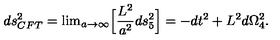
d s _ { C F T } ^ { 2 } = \mathrm { l i m } _ { a \rightarrow \infty } \Big [ { \frac { L ^ { 2 } } { a ^ { 2 } } } d s _ { 5 } ^ { 2 } \Big ] = - d t ^ { 2 } + L ^ { 2 } d \Omega _ { 4 } ^ { 2 } .